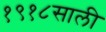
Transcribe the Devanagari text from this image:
१९१८साली